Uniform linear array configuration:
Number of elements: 48
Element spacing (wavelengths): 1
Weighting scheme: uniform
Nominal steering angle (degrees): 45
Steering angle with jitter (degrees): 43.935
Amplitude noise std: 0.05
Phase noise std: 0.05

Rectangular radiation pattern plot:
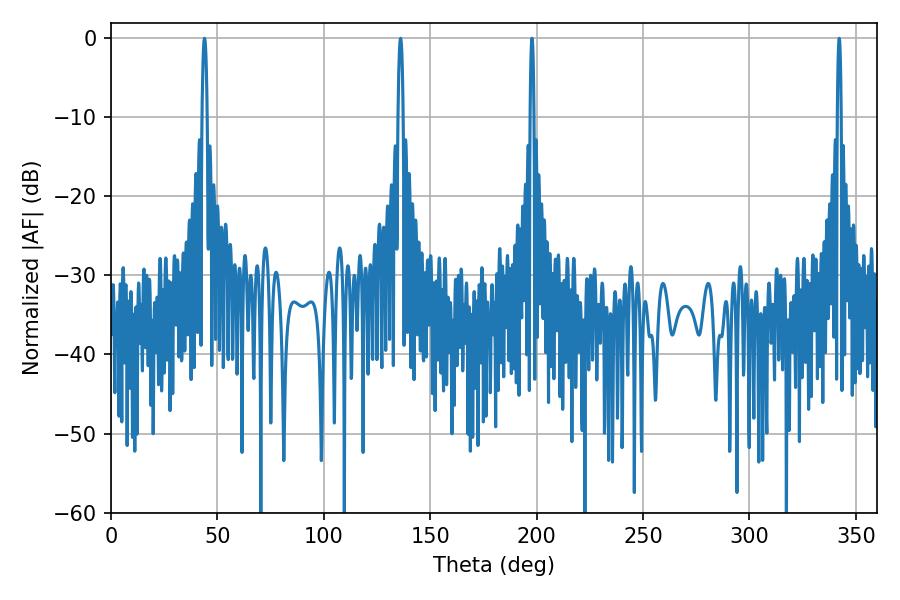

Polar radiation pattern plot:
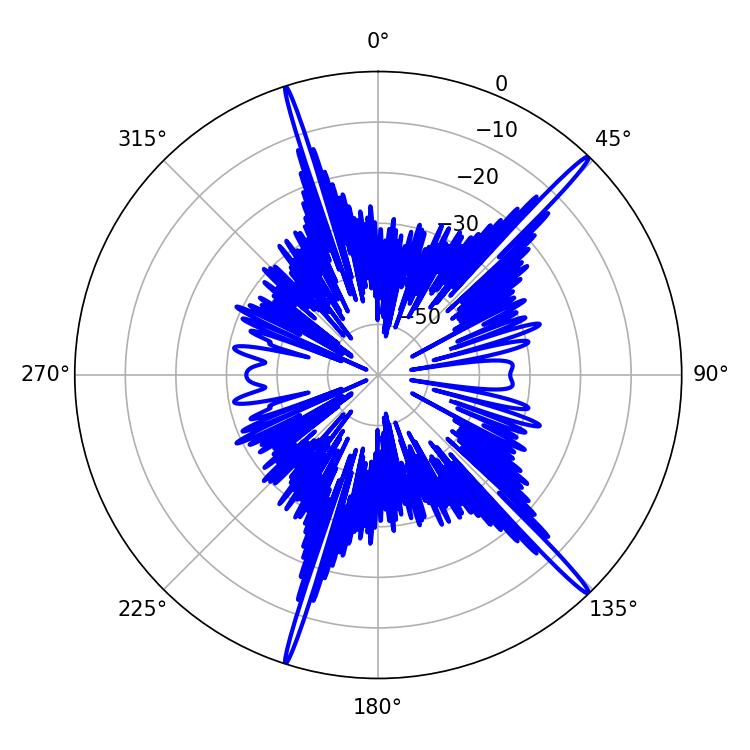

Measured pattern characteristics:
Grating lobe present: TRUE
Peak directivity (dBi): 18.764
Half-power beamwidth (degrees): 1.08
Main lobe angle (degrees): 197.82